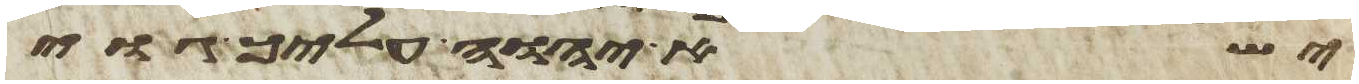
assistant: ישא יהוה עליך גוי